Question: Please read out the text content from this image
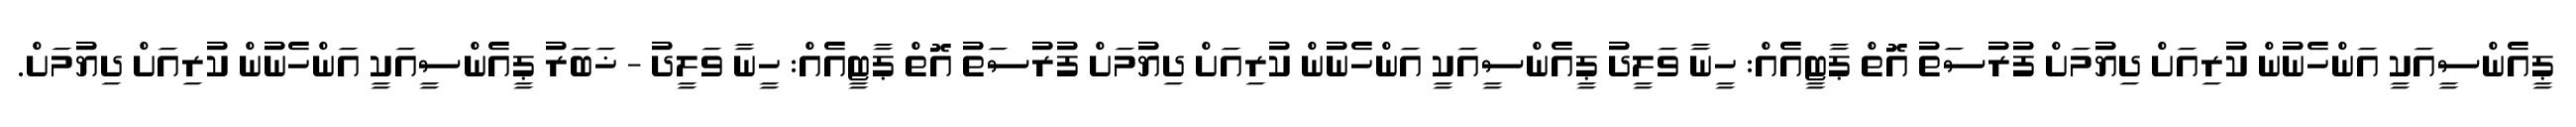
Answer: ޕީއެންސީއަކީ އަންހެނުން ކުރިއަށް ދިޔުމަށް ފުރުސަތު އޮތް ޕާޓީއެއް: ހީނާ ވަލީދު ޕީއެންސީއަކީ އަންހެނުން ކުރިއަށް ދިޔުމަށް ފުރުސަތު އޮތް ޕާޓީއެއް: ހީނާ ވަލީދު - ޚަބަރު ޕީއެންސީއަކީ އަންހެނުން ކުރިއަށް ދިޔުމަށް.